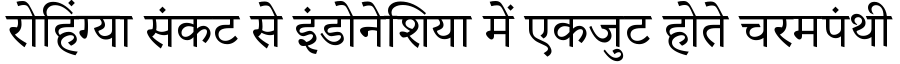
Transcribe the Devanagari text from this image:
रोहिंग्या संकट से इंडोनेशिया में एकजुट होते चरमपंथी